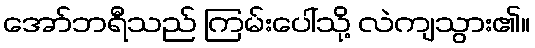
အော်ဘရီသည် ကြမ်းပေါ်သို့ လဲကျသွား၏။